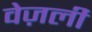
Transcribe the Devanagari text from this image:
वेज़ली